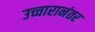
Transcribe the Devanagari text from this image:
उच्चारानंतर